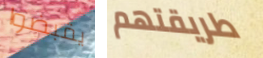
يقبضوا طريقتهم